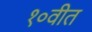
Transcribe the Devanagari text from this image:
१०वीत